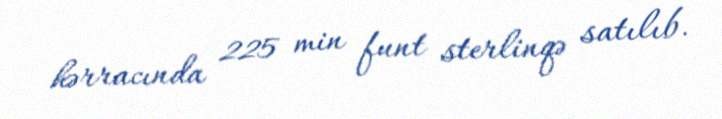
hərracında 225 min funt sterlinqə satılıb.